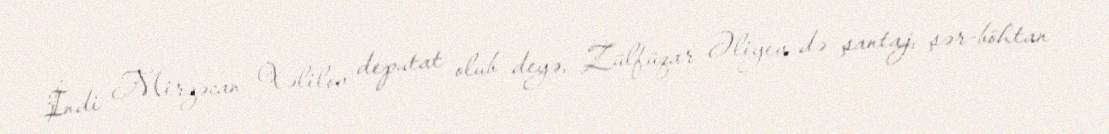
İndi Mirzəcan Xəlilov deputat olub deyə, Zülfüqar Əliyev də şantaj, şər-böhtan